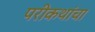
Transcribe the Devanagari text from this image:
परीकथांचा